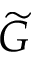
\widetilde G